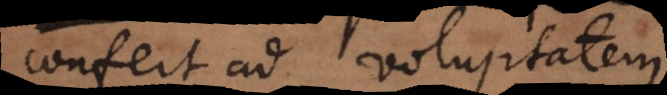
confert ad voluptatem.